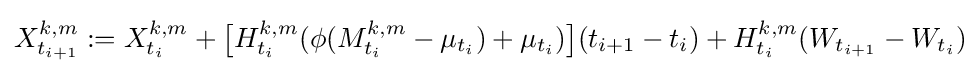
X_{t_{i+1}}^{k,m}:=X_{t_{i}}^{k,m}+{\big [}H_{t_{i}}^{k,m}(\phi (M_{t_{i}}^{k,m}-\mu _{t_{i}})+\mu _{t_{i}}){\big ]}(t_{i+1}-t_{i})+H_{t_{i}}^{k,m}(W_{t_{i+1}}-W_{t_{i}})